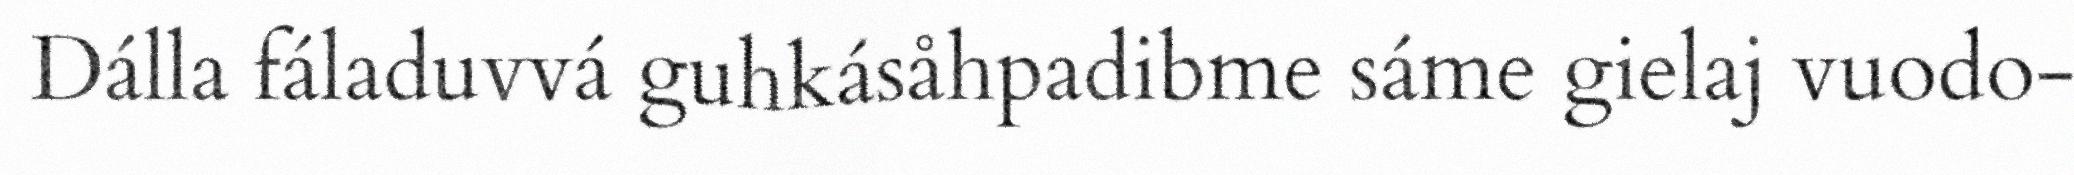
Dálla fáladuvvá guhkásåhpadibme sáme gielaj vuodo-